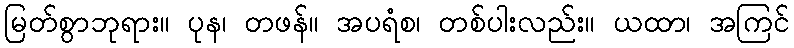
မြတ်စွာဘုရား။ ပုန၊ တဖန်။ အပရံစ၊ တစ်ပါးလည်း။ ယထာ၊ အကြင်